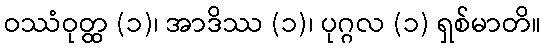
ဝဿံဝုတ္ထ (၁)၊ အာဒိဿ (၁)၊ ပုဂ္ဂလ (၁) ရှစ်မာတိ။